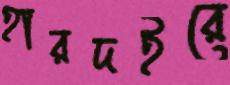
হারদইরে